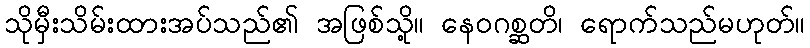
သိုမှီးသိမ်းထားအပ်သည်၏ အဖြစ်သို့။ နေဝဂစ္ဆတိ၊ ရောက်သည်မဟုတ်။